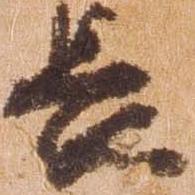
長